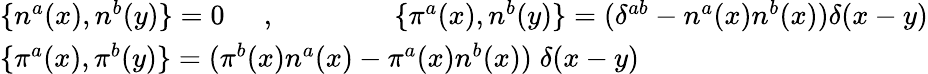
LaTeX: \begin{array}{l}{{\{ n^{a}(x),n^{b}(y)\} =0\; \; \; \; \; ,\; \; \; \; \; \; \; \; \; \; \; \; \; \; \; \{ {\pi}^{a}(x),n^{b}(y)\} =(\delta^{ab}-n^{a}(x)n^{b}(x))\delta(x-y)}}\\ {{\{ {\pi}^{a}(x),{\pi}^{b}(y)\} =({\pi}^{b}(x)n^{a}(x)-{\pi}^{a}(x)n^{b}(x))\; \delta(x-y)}}\end{array}